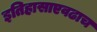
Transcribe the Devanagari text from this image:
इतिहासाएवढाच